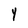
Character: Y